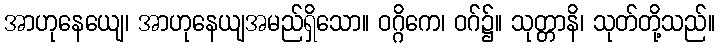
အာဟုနေယျေ၊ အာဟုနေယျအမည်ရှိသော။ ဝဂ္ဂိကေ၊ ဝဂ်၌။ သုတ္တာနိ၊ သုတ်တို့သည်။